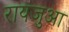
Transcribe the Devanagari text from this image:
रायजुआ